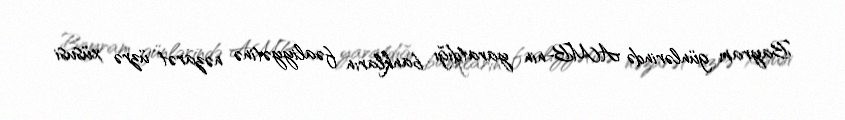
Bayram günlərində AMB-nin yaratdığı bankların fəaliyyətinə nəzarət üzrə xüsusi